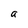
Character: a